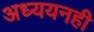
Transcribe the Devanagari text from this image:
अध्ययनही